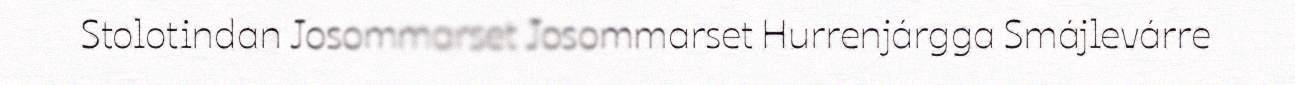
Stolotindan Josommarset Josommarset Hurrenjárgga Smájlevárre